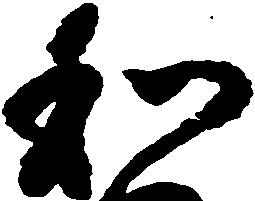
和